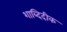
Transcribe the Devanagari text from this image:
शाब्दिदीक